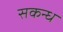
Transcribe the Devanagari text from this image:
सकन्ध